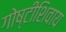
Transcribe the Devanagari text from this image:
गोष्टीशिवाय